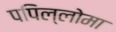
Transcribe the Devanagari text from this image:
पपिल्लोमा